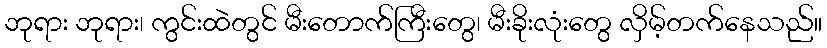
ဘုရား ဘုရား၊ ကွင်းထဲတွင် မီးတောက်ကြီးတွေ၊ မီးခိုးလုံးတွေ လှိမ့်တက်နေသည်။